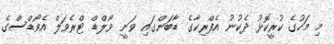
މި މަހުގެ ކުރީކޮޅު ދެކުނު އެފްރިކާގެ ޑާބަންގައި ވަނީ ވޯލްޑް ޓްރެވަލް އެވޯޑްސްގެ